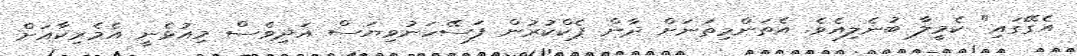
އެގޭގައި" ކެމީލާ ބުނެލިއެވެ. އެތަންމިތަނަށް ދާން ޕެކްކުރުން ފަސޭހަނުވިޔަސް އަދިވެސް މިއުޅެނީ އެމެރިކާއަށް